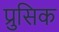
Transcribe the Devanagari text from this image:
प्रुसिक